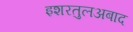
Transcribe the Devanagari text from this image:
इशरतुलअबाद